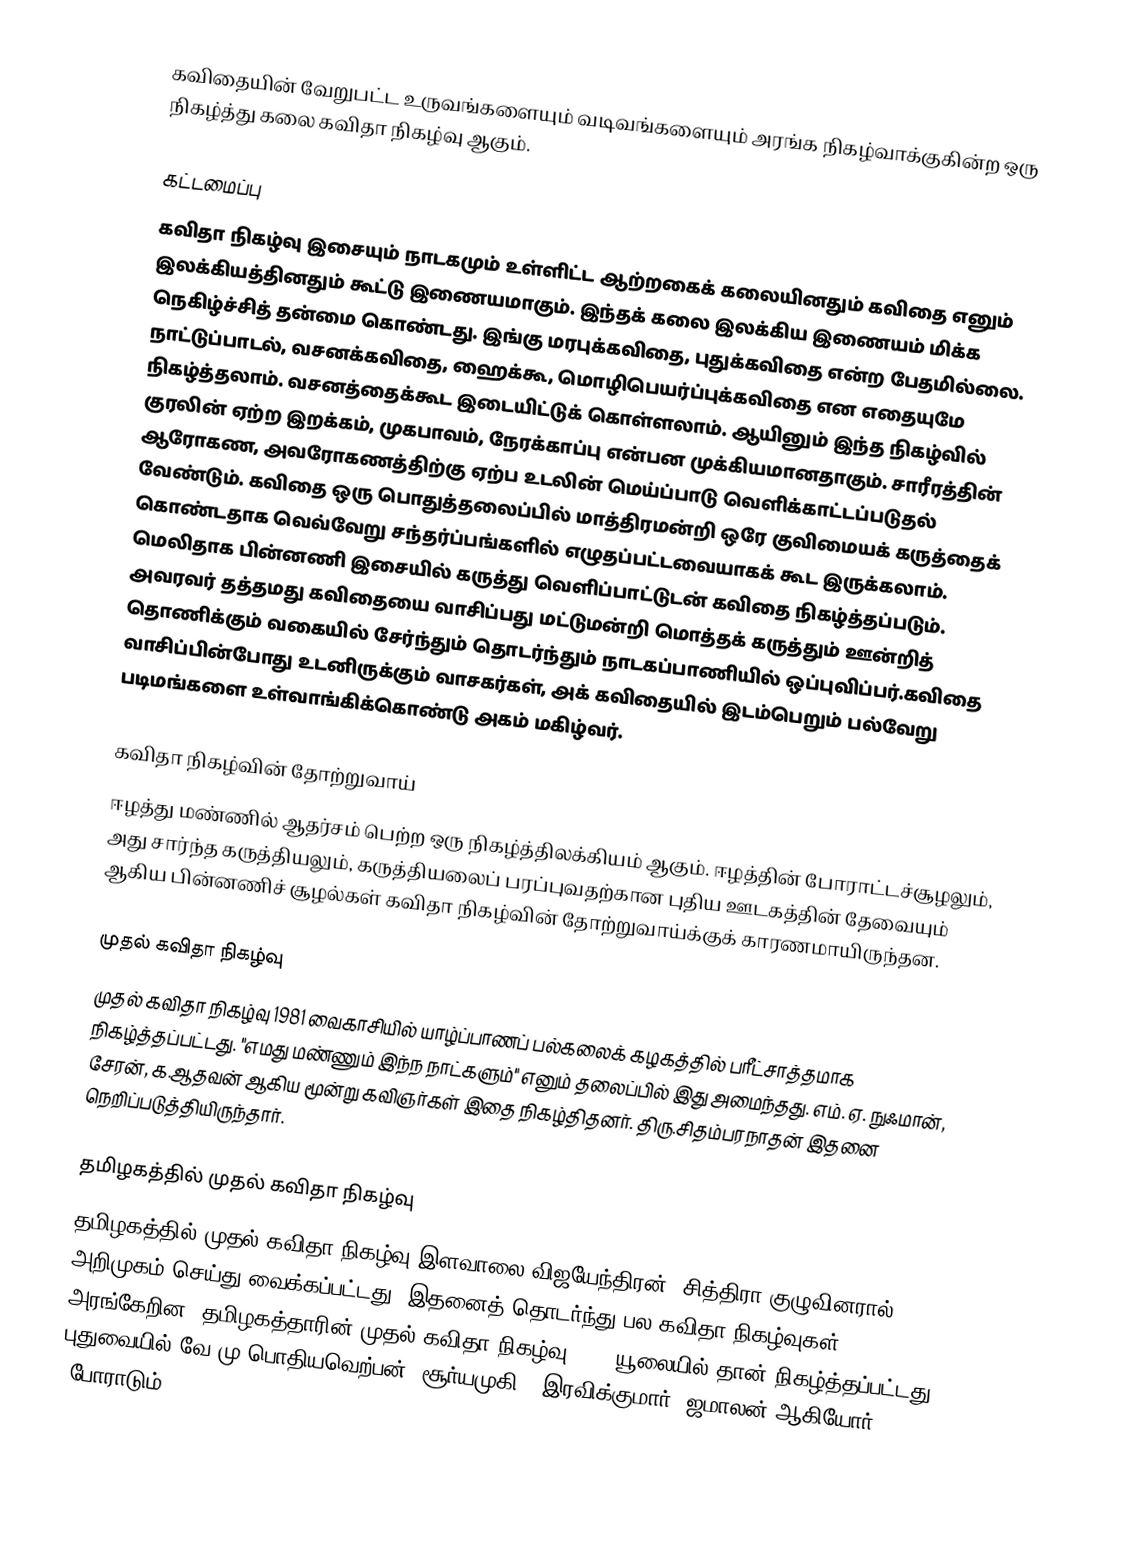
கவிதையின் வேறுபட்ட உருவங்களையும் வடிவங்களையும் அரங்க நிகழ்வாக்குகின்ற ஒரு நிகழ்த்து கலை கவிதா நிகழ்வு ஆகும்.

கட்டமைப்பு
கவிதா நிகழ்வு இசையும் நாடகமும் உள்ளிட்ட ஆற்றகைக் கலையினதும் கவிதை எனும் இலக்கியத்தினதும் கூட்டு இணையமாகும். இந்தக் கலை இலக்கிய இணையம் மிக்க நெகிழ்ச்சித் தன்மை கொண்டது. இங்கு மரபுக்கவிதை, புதுக்கவிதை என்ற பேதமில்லை. நாட்டுப்பாடல், வசனக்கவிதை, ஹைக்கூ, மொழிபெயர்ப்புக்கவிதை என எதையுமே நிகழ்த்தலாம். வசனத்தைக்கூட இடையிட்டுக் கொள்ளலாம். ஆயினும் இந்த நிகழ்வில் குரலின் ஏற்ற இறக்கம், முகபாவம், நேரக்காப்பு என்பன முக்கியமானதாகும். சாரீரத்தின் ஆரோகண, அவரோகணத்திற்கு ஏற்ப உடலின் மெய்ப்பாடு வெளிக்காட்டப்படுதல் வேண்டும். கவிதை ஒரு பொதுத்தலைப்பில் மாத்திரமன்றி ஒரே குவிமையக் கருத்தைக் கொண்டதாக வெவ்வேறு சந்தர்ப்பங்களில் எழுதப்பட்டவையாகக் கூட இருக்கலாம். மெலிதாக பின்னணி இசையில் கருத்து வெளிப்பாட்டுடன் கவிதை நிகழ்த்தப்படும். அவரவர் தத்தமது கவிதையை வாசிப்பது மட்டுமன்றி மொத்தக் கருத்தும் ஊன்றித் தொணிக்கும் வகையில் சேர்ந்தும் தொடர்ந்தும் நாடகப்பாணியில் ஒப்புவிப்பர்.கவிதை வாசிப்பின்போது உடனிருக்கும் வாசகர்கள், அக் கவிதையில் இடம்பெறும் பல்வேறு படிமங்களை உள்வாங்கிக்கொண்டு அகம் மகிழ்வர்.

கவிதா நிகழ்வின் தோற்றுவாய்
ஈழத்து மண்ணில் ஆதர்சம் பெற்ற ஒரு நிகழ்த்திலக்கியம் ஆகும். ஈழத்தின் போராட்டச்சூழலும், அது சார்ந்த கருத்தியலும், கருத்தியலைப் பரப்புவதற்கான புதிய ஊடகத்தின் தேவையும் ஆகிய பின்னணிச் சூழல்கள் கவிதா நிகழ்வின் தோற்றுவாய்க்குக் காரணமாயிருந்தன.

முதல் கவிதா நிகழ்வு
முதல் கவிதா நிகழ்வு 1981 வைகாசியில் யாழ்ப்பாணப் பல்கலைக் கழகத்தில் பரீட்சாத்தமாக நிகழ்த்தப்பட்டது. "எமது மண்ணும் இந்ந நாட்களும்" எனும் தலைப்பில் இது அமைந்தது. எம். ஏ. நுஃமான், சேரன், க.ஆதவன் ஆகிய மூன்று கவிஞர்கள் இதை நிகழ்திதனர். திரு.சிதம்பரநாதன் இதனை நெறிப்படுத்தியிருந்தார்.

தமிழகத்தில் முதல் கவிதா நிகழ்வு
தமிழகத்தில் முதல் கவிதா நிகழ்வு இளவாலை விஜயேந்திரன், சித்திரா குழுவினரால் அறிமுகம் செய்து வைக்கப்பட்டது. இதனைத் தொடர்ந்து பல கவிதா நிகழ்வுகள் அரங்கேறின. தமிழகத்தாரின் முதல் கவிதா நிகழ்வு 1986 யூலையில் தான் நிகழ்த்தப்பட்டது. புதுவையில் வே.மு.பொதியவெற்பன் (சூர்யமுகி), இரவிக்குமார், ஜமாலன் ஆகியோர் "போராடும்